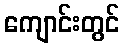
ကျောင်းတွင်